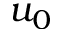
u _ { 0 }